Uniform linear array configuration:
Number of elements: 24
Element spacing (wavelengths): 0.5
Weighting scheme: hamming
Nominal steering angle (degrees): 15
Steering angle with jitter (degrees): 13.435
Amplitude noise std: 0.05
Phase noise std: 0.05

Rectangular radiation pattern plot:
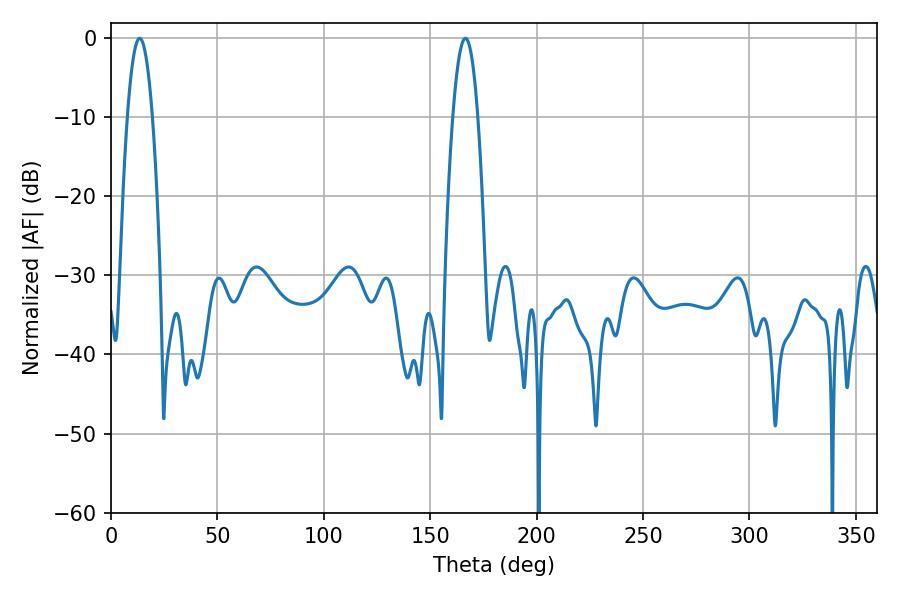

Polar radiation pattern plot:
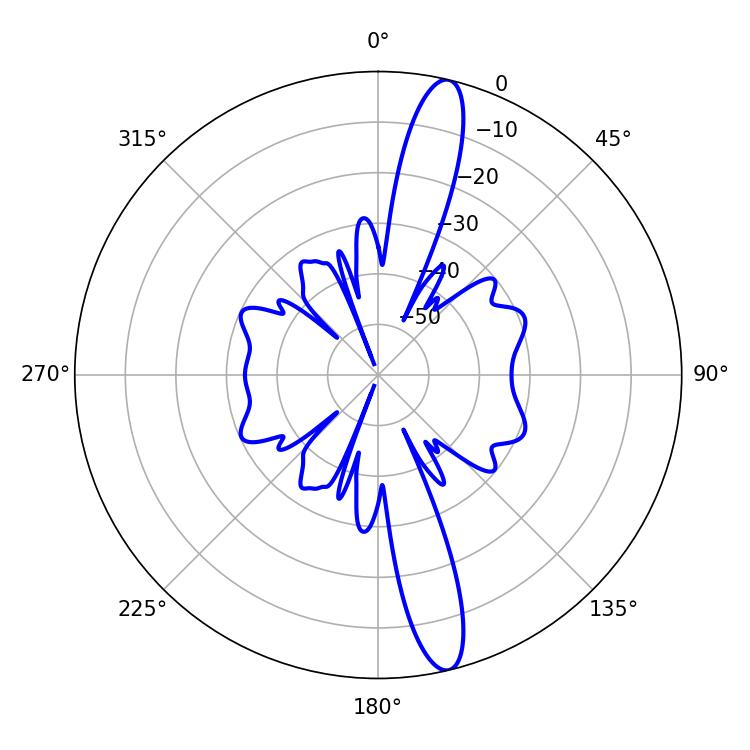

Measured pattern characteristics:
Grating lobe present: FALSE
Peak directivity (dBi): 15.437
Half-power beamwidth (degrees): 6.48
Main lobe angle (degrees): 13.5